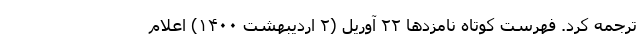
ترجمه کرد. فهرست کوتاه نامزد‌ها ۲۲ آوریل (۲ اردیبهشت ۱۴۰۰) اعلام